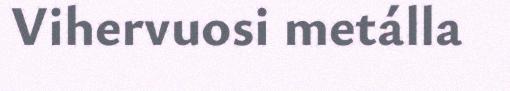
Vihervuosi metálla